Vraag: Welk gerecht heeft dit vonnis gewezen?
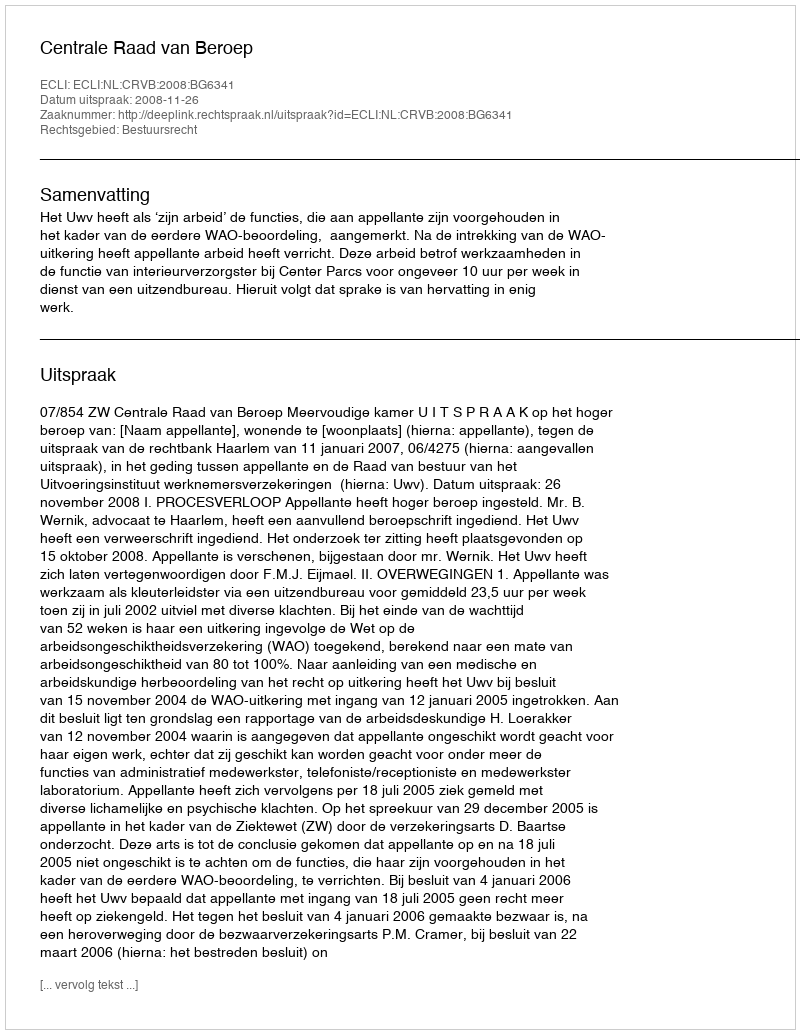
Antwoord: Centrale Raad van Beroep